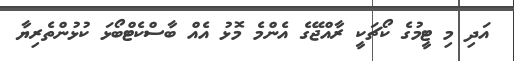
އަދި މި ޓީމުގެ ކޯޗަކީ ރާއްޖޭގެ އެންމެ މޮޅު އެއް ބާސްކެޓްބޯޅަ ކުޅުންތެރިޔާ